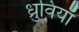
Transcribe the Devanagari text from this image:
ध्रुवियाँ